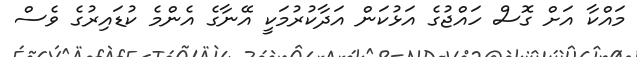
މައްކާ އަށް ގޮސް ހައްޖުގެ އަޅުކަން އަދާކުރުމަކީ އޭނާގެ އެންމެ ކުޑައިރުގެ ވެސް